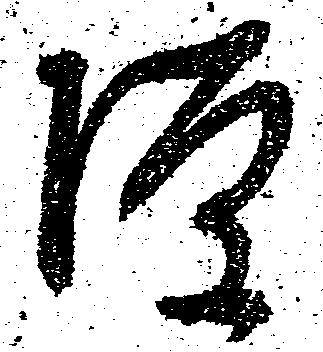
隙